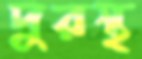
দুরস্থ